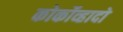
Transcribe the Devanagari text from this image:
कोर्कोव्हादो